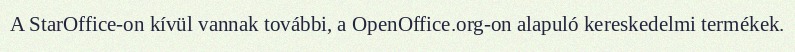
A StarOffice-on kívül vannak további, a OpenOffice.org-on alapuló kereskedelmi termékek.